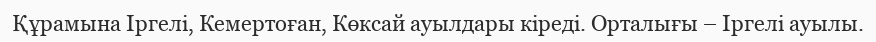
Құрамына Іргелі, Кемертоған, Көксай ауылдары кіреді. Орталығы – Іргелі ауылы.